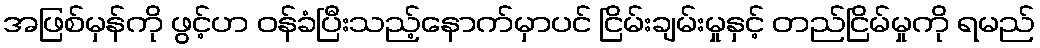
အဖြစ်မှန်ကို ဖွင့်ဟ ဝန်ခံပြီးသည့်နောက်မှာပင် ငြိမ်းချမ်းမှုနှင့် တည်ငြိမ်မှုကို ရမည်